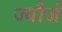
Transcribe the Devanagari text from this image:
ज्यौर्ज